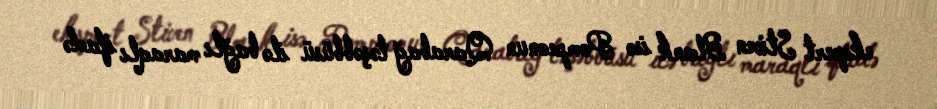
ekspert Stiven Blank isə Pompeonun Qarabağ təşəbbüsü ilə bağlı maraqlı ifadə